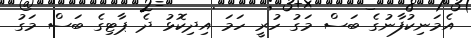
އެމަނިކުފާނުގެ ބަސް މަގު ހުރީ ހަމަ އިދިކޮޅު ދެ ޕާޓިގެ ބަސް މަގު